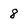
Character: 8